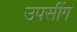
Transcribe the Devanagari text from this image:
उपसींग